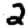
Digit: 2